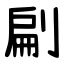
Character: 㓲